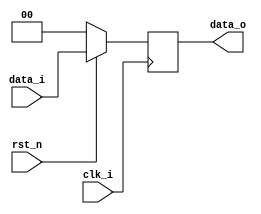
module Pipeline_Reg( clk_i, rst_n, data_i, data_o);


parameter size = 0;

//I/O ports
input clk_i, rst_n;
input [size-1:0] data_i;
output reg [size-1:0] data_o;  
        

//Writing data when postive edge clk_i
always @( posedge clk_i ) begin
    if (~rst_n)
        data_o <= 0;
    else
        data_o <= data_i;
end

endmodule